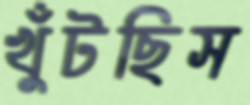
খুঁটছিস